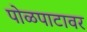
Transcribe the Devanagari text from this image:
पोळपाटावर